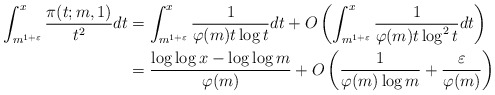
\begin{align*}\int_{m^{1+\varepsilon}}^{x}\frac{\pi(t;m,1)}{t^2}dt&=\int_{m^{1+\varepsilon}}^{x}\frac{1}{\varphi(m)t\log t}dt+O\left(\int_{m^{1+\varepsilon}}^{x}\frac{1}{\varphi(m)t\log^2 t}dt\right)\\&=\frac{\log\log x-\log\log m}{\varphi(m)}+O\left(\frac{1}{\varphi(m)\log m}+\frac{\varepsilon}{\varphi(m)}\right)\end{align*}